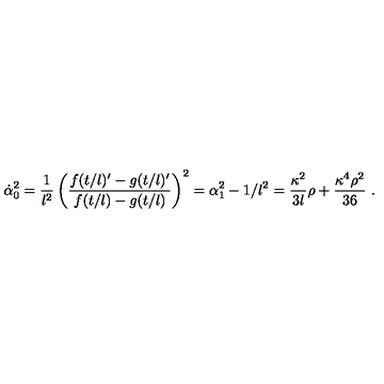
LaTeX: \dot { \alpha } _ { 0 } ^ { 2 } = \frac { 1 } { l ^ { 2 } } \left( \frac { f ( t / l ) ^ { \prime } - g ( t / l ) ^ { \prime } } { f ( t / l ) - g ( t / l ) } \right) ^ { 2 } = \alpha _ { 1 } ^ { 2 } - 1 / l ^ { 2 } = \frac { \kappa ^ { 2 } } { 3 l } \rho + \frac { \kappa ^ { 4 } \rho ^ { 2 } } { 3 6 } \ .